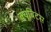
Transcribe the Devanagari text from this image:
क्यूबिटस